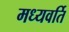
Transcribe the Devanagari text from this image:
मध्यवर्ति